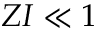
Z I \ll 1